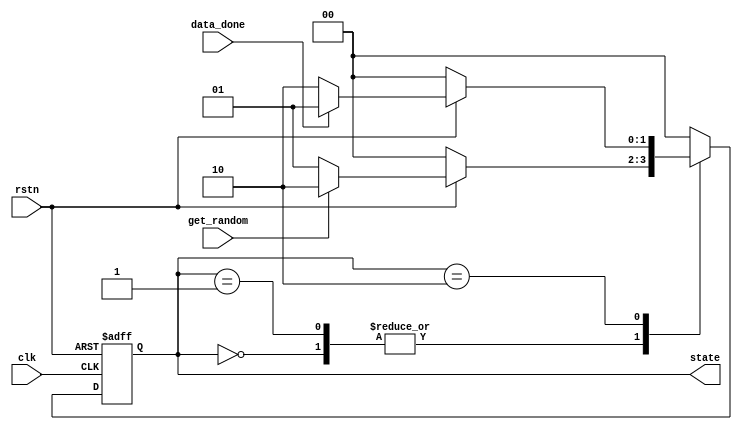
`timescale 1ns / 1ps
//////////////////////////////////////////////////////////////////////////////////
// Company: 
// Engineer: 
// 
// Design Name: 
// Module Name: fsm
// Project Name: 
// Target Devices: 
// Tool Versions: 
// Description: 
// 
// Dependencies: 
// 
// Revision:
// Revision 0.01 - File Created
// Additional Comments:
// 
//////////////////////////////////////////////////////////////////////////////////


module fsm(
    clk,
    rstn,
    data_done,
    get_random,
    state
);

input               clk;
input               rstn;
input               data_done;
input               get_random;
output  reg [1:0]   state;

parameter   IDLE = 2'b00;
parameter   SHIFT = 2'b01;
parameter   DATAOUT = 2'b10;

reg         [1:0]   next_state;

always @(posedge clk or negedge rstn) begin
    if(!rstn)
        state <= IDLE;
    else
        state <= next_state;
end

always @(*) begin
    case(state)
        IDLE: begin
            if(!rstn)
                next_state = IDLE;
            else if(get_random)
                next_state = DATAOUT;
            else
                next_state = SHIFT;
        end
        SHIFT: begin
            if(!rstn)
                next_state = IDLE;
            else if(get_random)
                next_state = DATAOUT;
            else
                next_state = SHIFT;
        end
        DATAOUT: begin
            if(!rstn)
                next_state = IDLE;
            else if(data_done)
                next_state = SHIFT;
            else
                next_state = DATAOUT;
        end
        default:
            next_state = IDLE;
    endcase            
end

endmodule